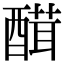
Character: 䤊